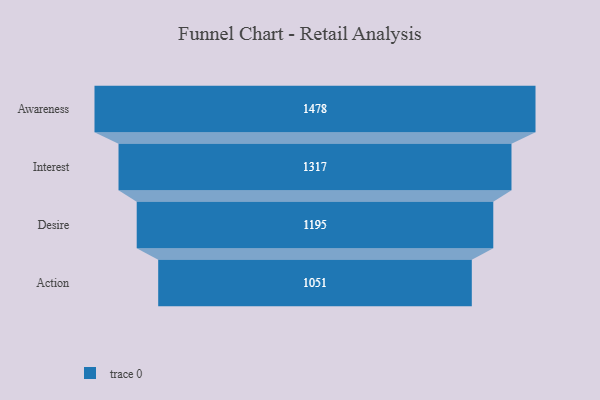
{"axis": {"x": "Stage", "y": "Value"}, "legend": [""], "data": [{"x": "Awareness", "y": 1478.0, "type": ""}, {"x": "Interest", "y": 1317.0, "type": ""}, {"x": "Desire", "y": 1195.0, "type": ""}, {"x": "Action", "y": 1051.0, "type": ""}]}